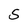
Character: 5